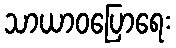
သာယာဝပြောရေး